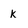
Character: k